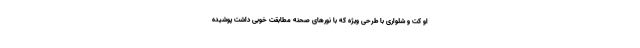
او کت و شلواری با طرحی ویژه که با نورهای صحنه مطابقت خوبی داشت پوشیده